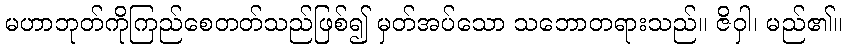
မဟာဘုတ်ကိုကြည်စေတတ်သည်ဖြစ်၍ မှတ်အပ်သော သဘောတရားသည်။ ဇိဝှါ၊ မည်၏။